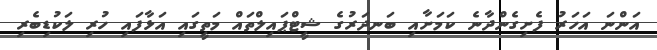
އަންނަ އަހަރު ފެށިގެންދާނެ ކަމަށާއި ބަނދަރުގެ ޝީޓްޕައިލްތައް މަތީގައި އަޅާފައި ހުރި ލަކުޑިބެރި